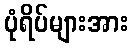
ပုံရိပ်များအား